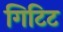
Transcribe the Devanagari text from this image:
गिटिट